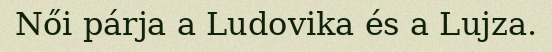
Női párja a Ludovika és a Lujza.